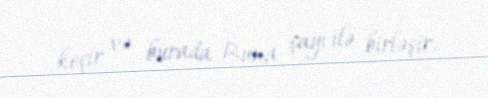
keçir və burada Buna çayı ilə birləşir.